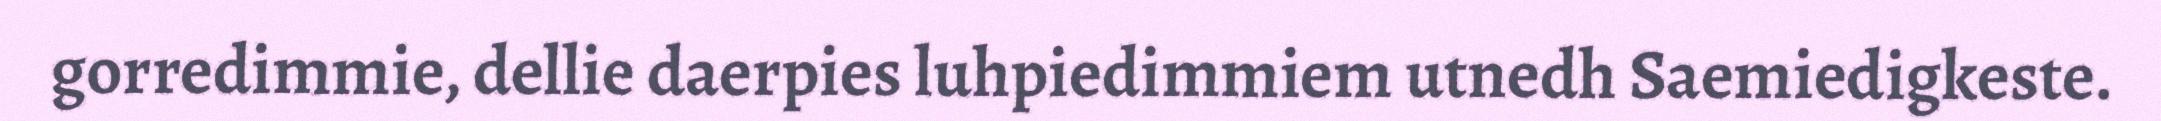
gorredimmie, dellie daerpies luhpiedimmiem utnedh Saemiedigkeste.